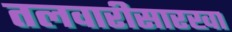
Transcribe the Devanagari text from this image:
तलवारीसारखा